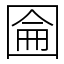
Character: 圇